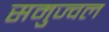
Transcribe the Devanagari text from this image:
समुज्वल